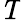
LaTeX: \mathit{T}